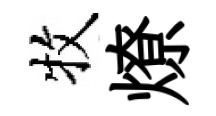
牧燎